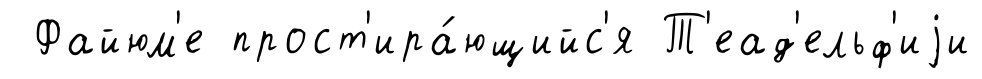
Файюм'е прост'ира́ющийс'я Т'еад'ельф'иjи